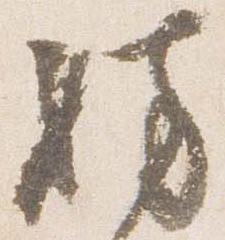
妨